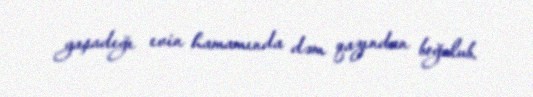
yaşadığı evin hamamında dəm qazından boğulub.